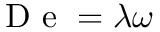
\mathrm { ~ D ~ e ~ } = \lambda \omega